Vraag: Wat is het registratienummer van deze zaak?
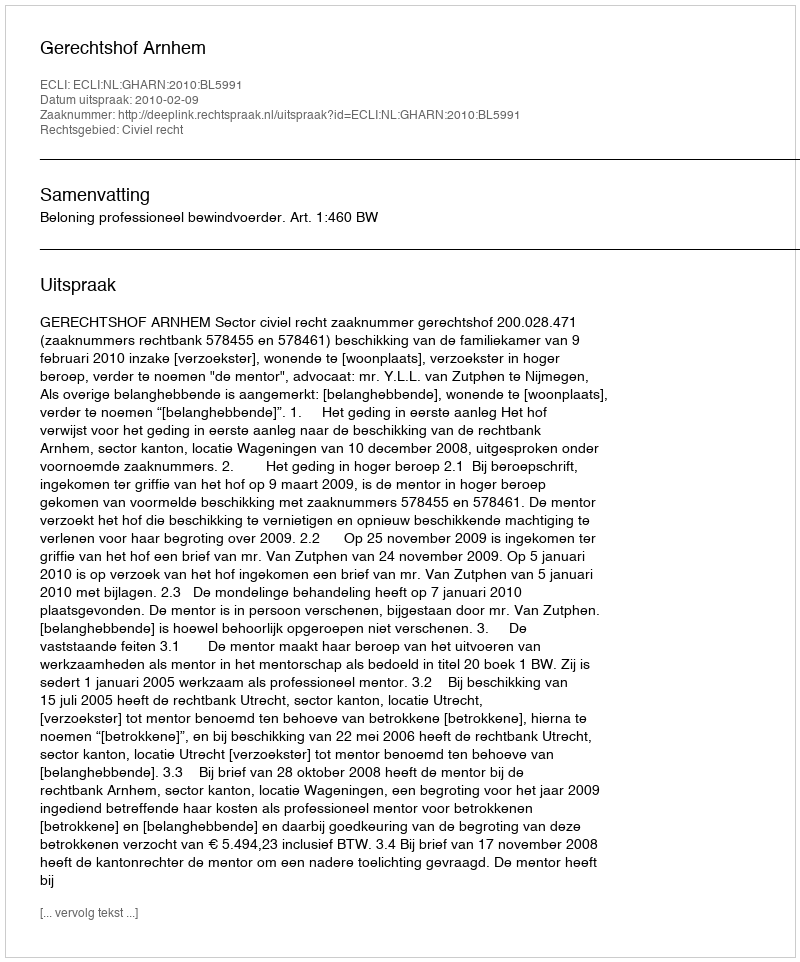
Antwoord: http://deeplink.rechtspraak.nl/uitspraak?id=ECLI:NL:GHARN:2010:BL5991